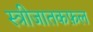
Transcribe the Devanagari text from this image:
स्त्रीजातकफ़ल